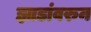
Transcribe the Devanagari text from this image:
झाडांवरुन